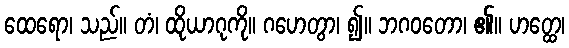
ထေရော၊ သည်။ တံ၊ ထိုယာဂုကို။ ဂဟေတွာ၊ ၍။ ဘဂဝတော၊ ၏။ ဟတ္ထေ၊